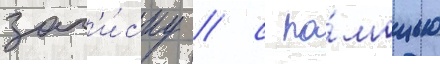
зап'и́ску / с по́мощью